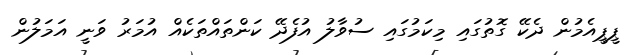
ޕީޕީއެމުން ދެކޭ ގޮތުގައި މިކަމުގައި ސުވާލު އުފެދޭ ކަންތައްތަކެއް އުމަރު ވަނީ އަމަލުން